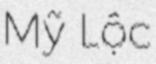
Mỹ Lộc